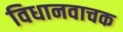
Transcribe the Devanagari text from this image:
विधानवाचक